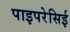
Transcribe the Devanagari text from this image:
पाइपरेसिई